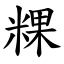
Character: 粿